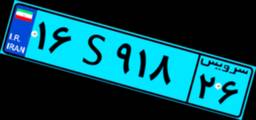
۳۲S۱۸۶۸۶